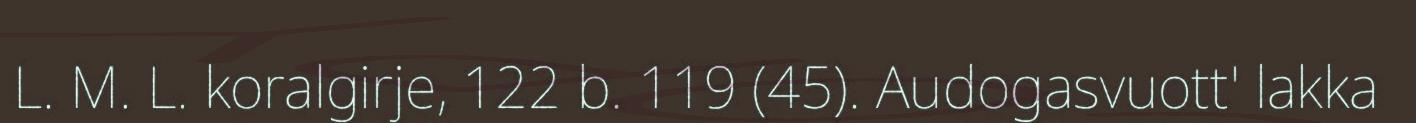
L. M. L. koralgirje, 122 b. 119 (45). Audogasvuott' lakka